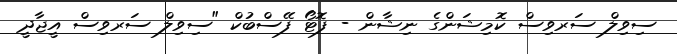
ސިވިލް ސަރވިސް ކޮމިޝަންގެ ނިޝާން - ފޮޓޯ ފޭސްބުކް "ސިވިލް ސަރވިސް އީޖާދީ